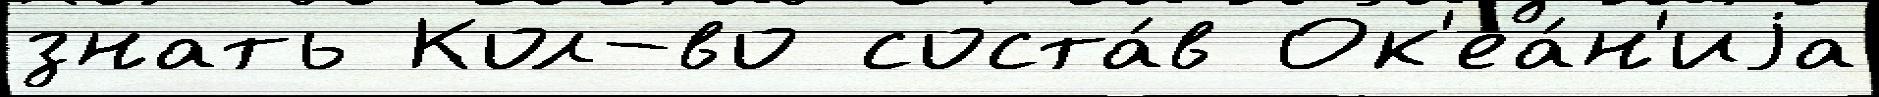
знать Кол-во соста́в Ок'еа́н'иjа